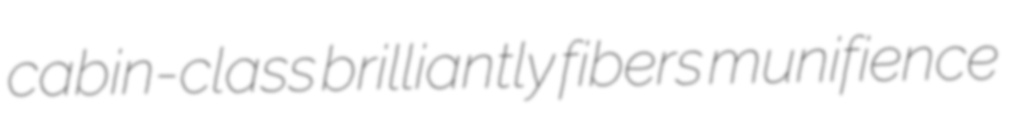
cabin-class brilliantly fibers munifience